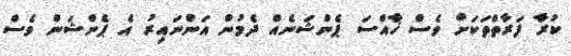
ކުރާ ފަރާތްތަކަށް ވެސް ޚާއްސަ ޕެންޝަނެއް ދެމުން އަންނައިރު އެ ޕެންޝަން ވެސް